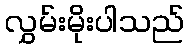
လွှမ်းမိုးပါသည်